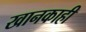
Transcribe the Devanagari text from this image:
खानकाही